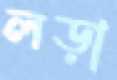
লড়া